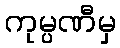
ကုမ္ပဏီမှ